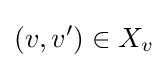
(v,v')\in X_{v}